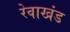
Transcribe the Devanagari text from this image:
रेवाखंड